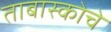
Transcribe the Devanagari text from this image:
ताबास्कोचे